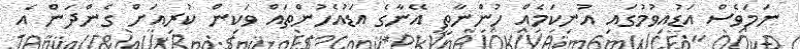
ނަމަވެސް އަޑުއިވުމުގައި އުނިކަމެއް ހުންނާތީ އޭނާގެ އަޑުއެހުންތައް ވަކިން ކުރިއަށް ގެންދަން އެ